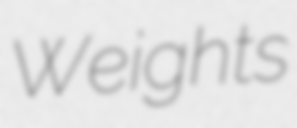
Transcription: Weights